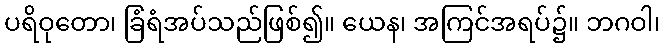
ပရိဝုတော၊ ခြံရံအပ်သည်ဖြစ်၍။ ယေန၊ အကြင်အရပ်၌။ ဘဂဝါ၊